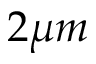
2 \mu m